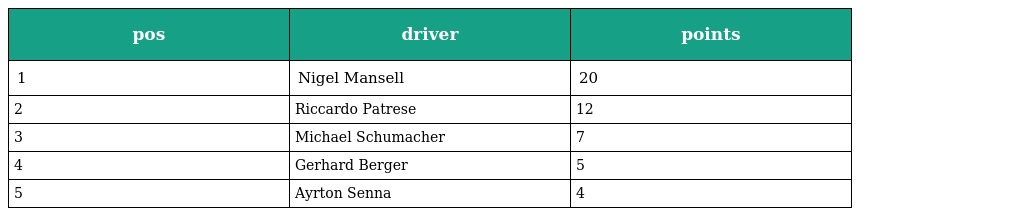
| pos | driver | points |
 | --- | --- | --- |
 | 1 | Nigel Mansell | 20 |
 | 2 | Riccardo Patrese | 12 |
 | 3 | Michael Schumacher | 7 |
 | 4 | Gerhard Berger | 5 |
 | 5 | Ayrton Senna | 4 |